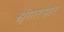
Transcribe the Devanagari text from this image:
श्रृंगारसार